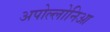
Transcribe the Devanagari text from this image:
अपोल्लोनिआ